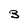
Character: 3